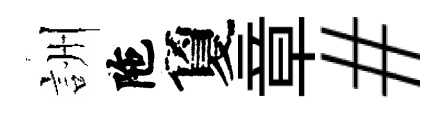
詶陁夐章#